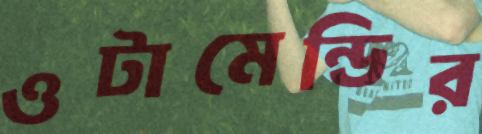
ওটামেন্ডির